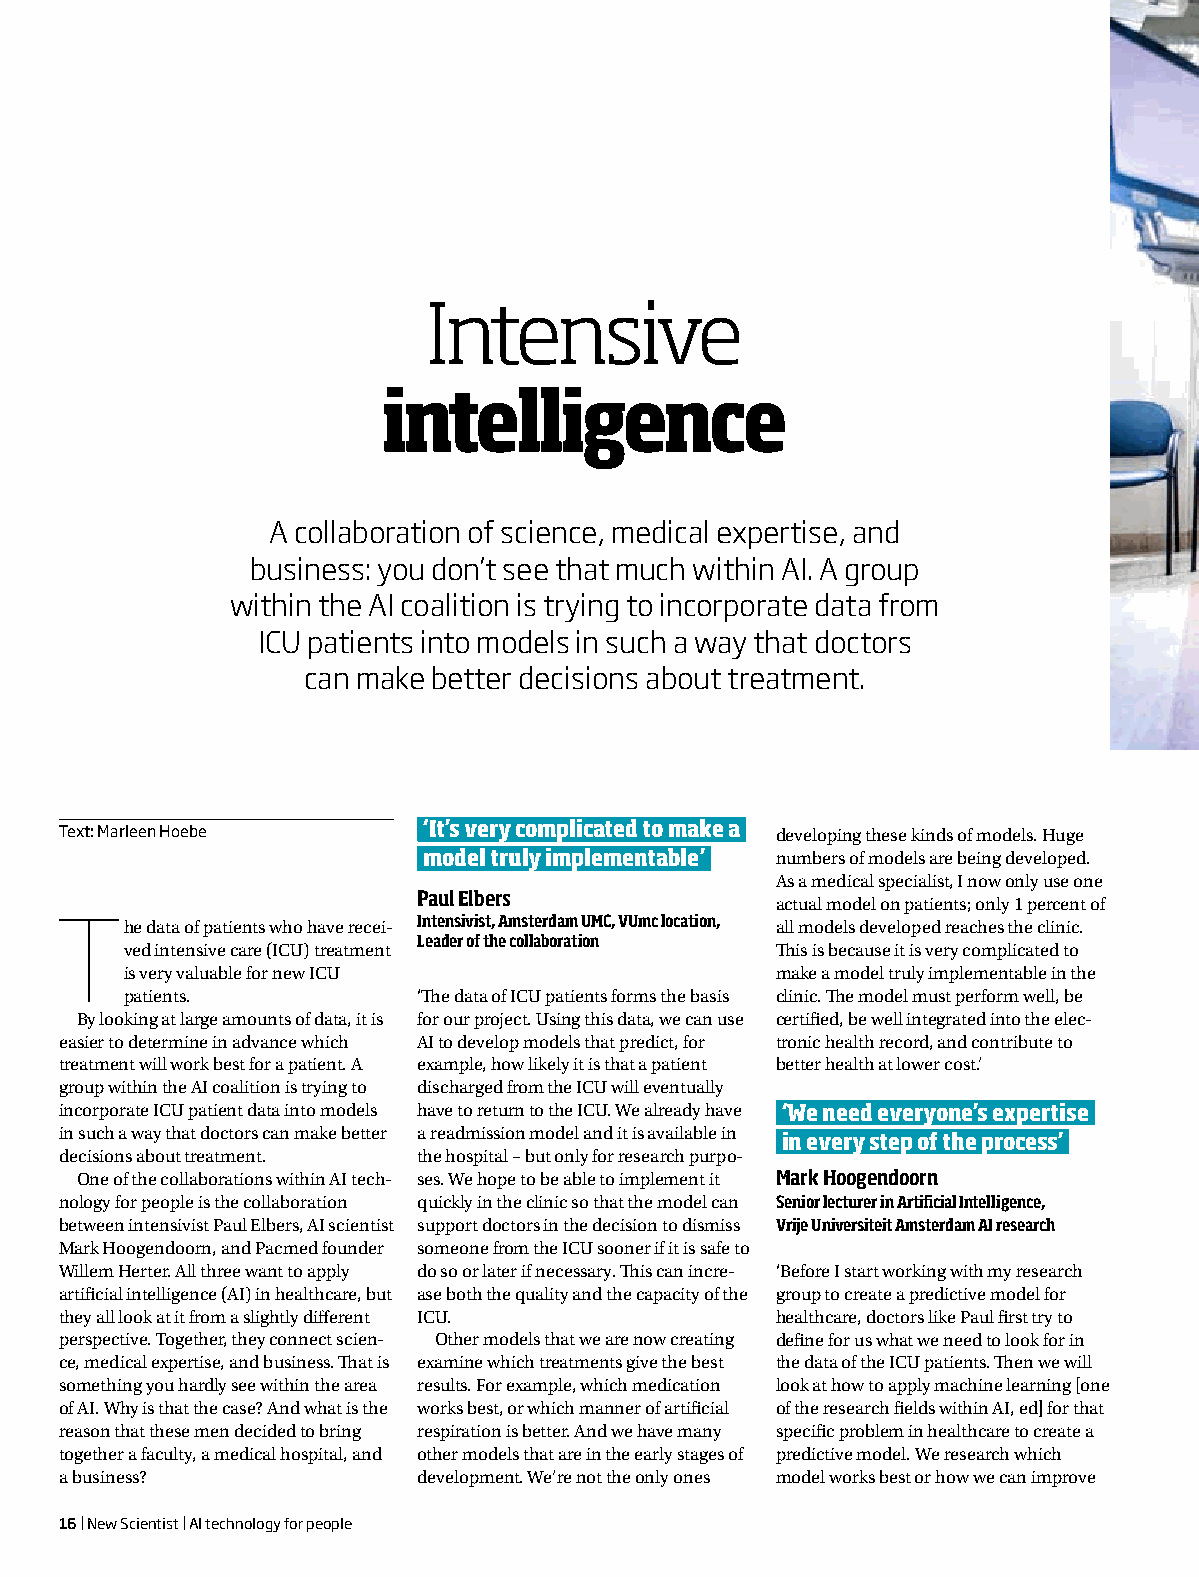
Intensive
 intelligence
 A collaboration of science, medical expertise, and
 business: you don’t see that much within AI. A group
 within the AI coalition is trying to incorporate data from
 ICU patients into models in such a way that doctors
 can make better decisions about treatment.
 ‘It’s very complicated to make a
 Text: Marleen Hoebe                            developing these kinds of models. Huge
 model truly implementable’ numbers of models are being developed.
 As a medical specialist, I now only use one
 Paul Elbers
 actual model on patients; only 1 percent of
 The   data of patients who have recei- Intensivist, Amsterdam UMC, VUmc location, all models developed reaches the clinic.
 Leader of the collaboration
 ved intensive care (ICU) treatment         This is because it is very complicated to
 is very valuable for new ICU               make a model truly implementable in the
 patients.           ‘The data of ICU patients forms the basis clinic. The model must perform well, be
 By looking at large amounts of data, it is for our project. Using this data, we can use certified, be well integrated into the elec-
 easier to determine in advance which AI to develop models that predict, for tronic health record, and contribute to
 treatment will work best for a patient. A example, how likely it is that a patient better health at lower cost.’
 group within the AI coalition is trying to discharged from the ICU will eventually
 incorporate ICU patient data into models have to return to the ICU. We already have ‘We need everyone’s expertise
 in such a way that doctors can make better a readmission model and it is available in in every step of the process’
 decisions about treatment. the hospital – but only for research purpo-
 One of the collaborations within AI tech- ses. We hope to be able to implement it Mark Hoogendoorn
 nology for people is the collaboration quickly in the clinic so that the model can Senior lecturer in Artificial Intelligence,
 between intensivist Paul Elbers, AI scientist support doctors in the decision to dismiss Vrije Universiteit Amsterdam AI research
 Mark Hoogendoorn, and Pacmed founder someone from the ICU sooner if it is safe to
 Willem Herter. All three want to apply do so or later if necessary. This can incre- ‘Before I start working with my research
 artificial intelligence (AI) in healthcare, but ase both the quality and the capacity of the group to create a predictive model for
 they all look at it from a slightly different ICU. healthcare, doctors like Paul first try to
 perspective. Together, they connect scien- Other models that we are now creating define for us what we need to look for in
 ce, medical expertise, and business. That is examine which treatments give the best the data of the ICU patients. Then we will
 something you hardly see within the area results. For example, which medication look at how to apply machine learning [one
 of AI. Why is that the case? And what is the works best, or which manner of artificial of the research fields within AI, ed] for that
 reason that these men decided to bring respiration is better. And we have many specific problem in healthcare to create a
 together a faculty, a medical hospital, and other models that are in the early stages of predictive model. We research which
 a business?             development. We’re not the only ones model works best or how we can improve
 16 | New Scientist | AI technology for people